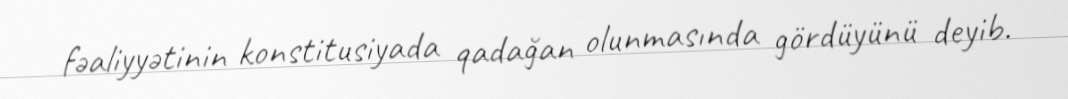
fəaliyyətinin konstitusiyada qadağan olunmasında gördüyünü deyib.